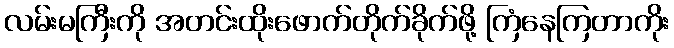
လမ်းမကြီးကို အတင်းထိုးဖောက်တိုက်ခိုက်ဖို့ ကြံနေကြတာကိုး